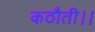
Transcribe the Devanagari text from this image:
कठौती।।